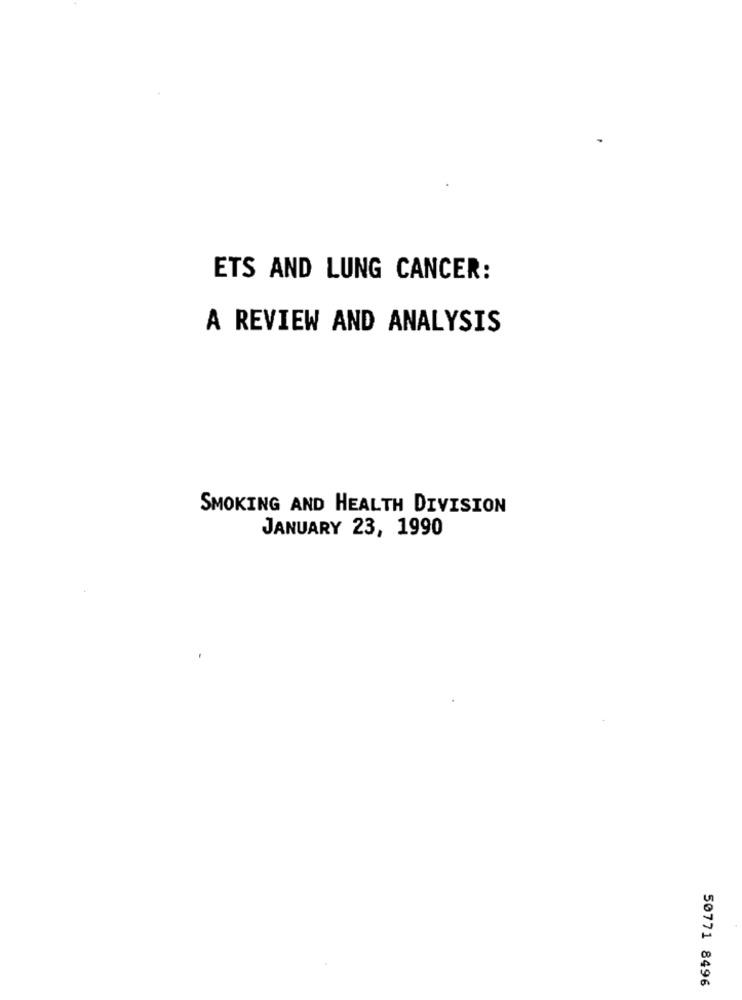
ETS AND LUNG CANCER:
A REVIEW AND ANALYSIS
SMOKING AND HEALTH DIVISION
JANUARY 23, 1990
50771 8496